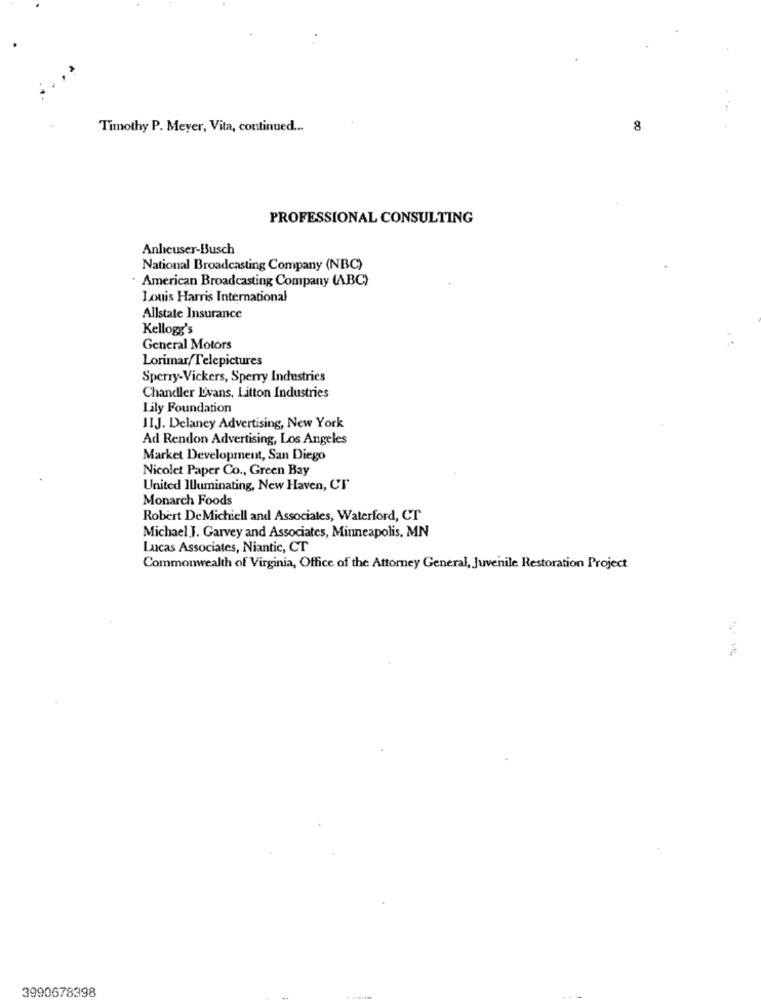
Timothy P. Meyer, Vita, continued ...
8
PROFESSIONAL CONSULTING
Anheuser-Busch
National Broadcasting Company (NBC)
. American Broadcasting Company (ABC)
Louis Harris International
Allstate Insurance
Kellogg's
General Motors
Lorimar/Telepictures
Sperry-Vickers, Sperry Industries
Chandler L'vans, Litton Industries
Lily Foundation
IIJ. Delaney Advertising, New York
Ad Rendon Advertising, Los Angeles
Market Development, San Diego
Nicolet Paper Co ., Green Bay
United Illuminating, New Haven, CT'
Monarch Foods
Robert DeMichiell and Associates, Waterford, CT
Michael J. Garvey and Associates, Minneapolis, MN
Lucas Associates, Niantic, CT
Commonwealth of Virginia, Office of the Attorney General, Juvenile Restoration Project
3990678398